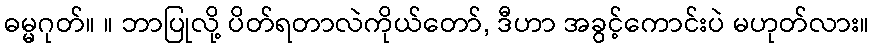
ဓမ္မဂုတ်။ ။ ဘာပြုလို့ ပိတ်ရတာလဲကိုယ်တော်, ဒီဟာ အခွင့်ကောင်းပဲ မဟုတ်လား။